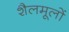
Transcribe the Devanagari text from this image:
शैलमूलों